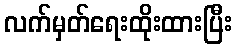
လက်မှတ်ရေးထိုးထားပြီး